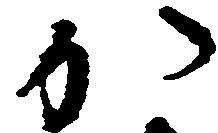
か